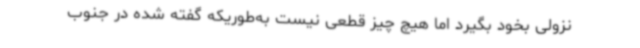
نزولی بخود بگیرد اما هیچ چیز قطعی نیست به‌طوریکه گفته شده در جنوب